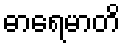
ဓာရေမာတိ